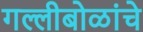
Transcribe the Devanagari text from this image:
गल्लीबोळांचे